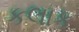
કલાક